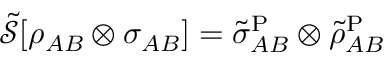
\begin{array} { r } { \tilde { \mathcal { S } } [ \rho _ { A B } \otimes \sigma _ { A B } ] = \tilde { \sigma } _ { A B } ^ { \mathrm { P } } \otimes \tilde { \rho } _ { A B } ^ { \mathrm { P } } } \end{array}